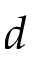
d